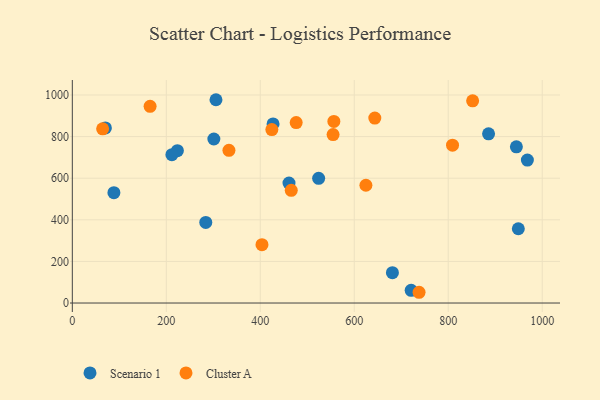
{"axis": {"x": "Distance", "y": "Fuel Efficiency"}, "legend": ["Cluster A", "Scenario 1"], "data": [{"x": "885.8", "y": 813.1, "type": "Scenario 1"}, {"x": "301.2", "y": 788.3, "type": "Scenario 1"}, {"x": "461.1", "y": 576.7, "type": "Scenario 1"}, {"x": "427.2", "y": 861.0, "type": "Scenario 1"}, {"x": "968.4", "y": 687.0, "type": "Scenario 1"}, {"x": "223.6", "y": 732.1, "type": "Scenario 1"}, {"x": "681.2", "y": 145.9, "type": "Scenario 1"}, {"x": "524.2", "y": 599.4, "type": "Scenario 1"}, {"x": "305.7", "y": 977.1, "type": "Scenario 1"}, {"x": "284.0", "y": 387.3, "type": "Scenario 1"}, {"x": "721.1", "y": 61.2, "type": "Scenario 1"}, {"x": "945.0", "y": 750.5, "type": "Scenario 1"}, {"x": "949.1", "y": 357.1, "type": "Scenario 1"}, {"x": "211.9", "y": 713.1, "type": "Scenario 1"}, {"x": "70.4", "y": 841.4, "type": "Scenario 1"}, {"x": "88.5", "y": 530.4, "type": "Scenario 1"}, {"x": "465.9", "y": 541.9, "type": "Cluster A"}, {"x": "64.5", "y": 837.2, "type": "Cluster A"}, {"x": "556.6", "y": 873.0, "type": "Cluster A"}, {"x": "643.7", "y": 889.0, "type": "Cluster A"}, {"x": "165.5", "y": 945.2, "type": "Cluster A"}, {"x": "851.9", "y": 971.7, "type": "Cluster A"}, {"x": "333.3", "y": 733.7, "type": "Cluster A"}, {"x": "554.9", "y": 809.6, "type": "Cluster A"}, {"x": "476.4", "y": 867.3, "type": "Cluster A"}, {"x": "624.8", "y": 566.0, "type": "Cluster A"}, {"x": "809.1", "y": 758.7, "type": "Cluster A"}, {"x": "403.6", "y": 280.5, "type": "Cluster A"}, {"x": "424.6", "y": 833.4, "type": "Cluster A"}, {"x": "737.9", "y": 51.7, "type": "Cluster A"}]}